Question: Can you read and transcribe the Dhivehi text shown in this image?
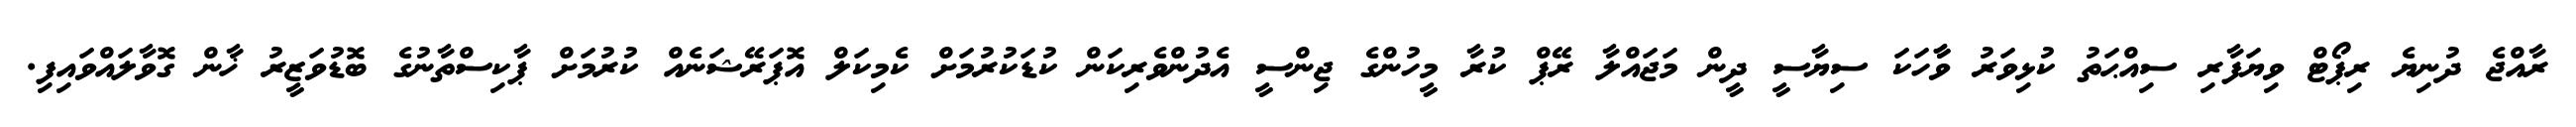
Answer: ރާއްޖެ ދުނިޔެ ރިޕޯޓް ވިޔަފާރި ސިއްޙަތު ކުޅިވަރު ވާާހަކަ ސިޔާސީ ދީން މަޖައްލާ ރޭޕް ކުރާ މީހުންގެ ޖިންސީ އެދުންވެރިކަން ކުޑަކުރުމަށް ކެމިކަލް އޮޕަރޭޝަނެއް ކުރުމަށް ޕާކިސްތާނުގެ ބޮޑުވަޒީރު ޚާން ގޮވާލައްވައިފި.